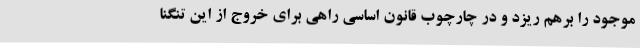
موجود را برهم ریزد و در چارچوب قانون اساسی راهی برای خروج از این تنگنا